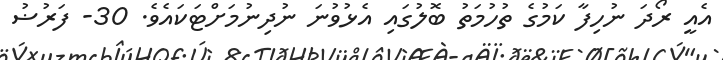
އެއީ ރޯދަ ނުހިފާ ކަމުގެ ތުހުމަތު ބޮލުގައި އެޅުވުނަ ނުދިނުމަށްޓަކައެވެ. 30- ފަރުޟު